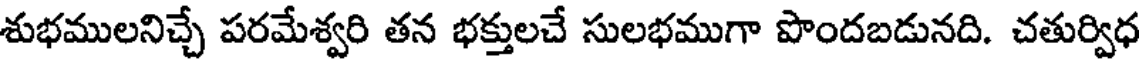
శుభములనిచ్చే పరమేశ్వరి తన భక్తులచే సులభముగా పొందబడునది. చతుర్విధ